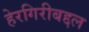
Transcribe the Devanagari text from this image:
हेरगिरीबद्दल